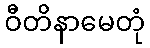
ဝီတိနာမေတုံ